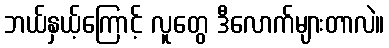
ဘယ်နှယ့်ကြောင့် လူတွေ ဒီလောက်များတာလဲ။